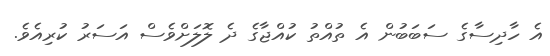
އެ ހާދިސާގެ ސަބަބުން އެ ތުއްތު ކުއްޖާގެ ދެ ލޮލަށްވެސް އަސަރު ކުރިއެވެ.